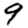
Digit: 9